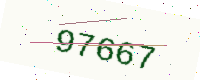
Text: 97667